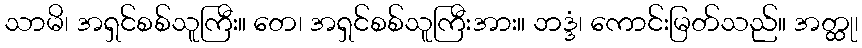
သာမိ၊ အရှင်စစ်သူကြီး။ တေ၊ အရှင်စစ်သူကြီးအား။ ဘဒ္ဒံ၊ ကောင်းမြတ်သည်။ အတ္ထု၊